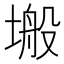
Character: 𭏜